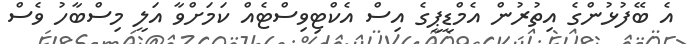
އެ ބޭފުޅުންގެ އިތުރުން އެމްޑީޕީގެ އިސް އެކްޓިވިސްޓެއް ކަމަށްވާ އަލީ މިސްބާހު ވެސް